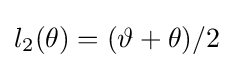
l_{2}(\theta )=(\vartheta +\theta )/2